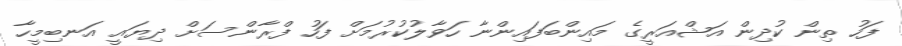
ފަހު ތިން ކުދިން އަޝްއަރީގެ މައިންބަފައިންނާ ހަވާލުކުރުމަށް ފަހު ފްރާންސަށް ދިޔައީ އަނބިމީހާ